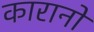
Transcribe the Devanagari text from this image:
कारानो